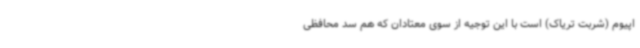
اپیوم (شربت تریاک) است با این توجیه از سوی معتادان که هم سد محافظی